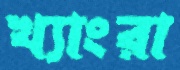
খ্যাংরা